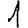
Digit: 1